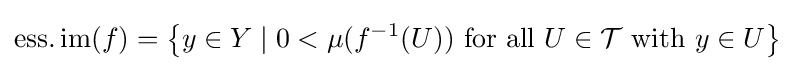
\operatorname {ess.im} (f)=\left\{y\in Y\mid 0<\mu (f^{-1}(U)){\text{ for all }}U\in {\cal {T}}{\text{ with }}y\in U\right\}